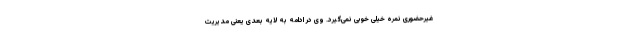
غیرحضوری نمره خیلی خوبی نمی‌گیرد. وی در ادامه به لایه بعدی یعنی مدیریت